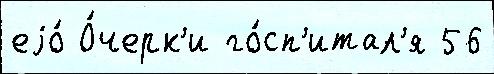
еjо́ О́черк'и го́сп'итал'я 56